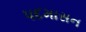
પદમાસન